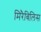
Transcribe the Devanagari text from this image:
मिरैबिलिस